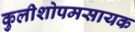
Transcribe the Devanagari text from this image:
कुलीशोपमसायक